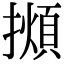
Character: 𢶃